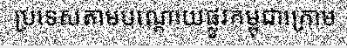
ប្រទេសតាមបណ្តោយផ្លូវកម្ពុជាក្រោម